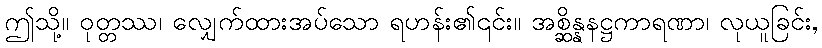
ဤသို့။ ဝုတ္တဿ၊ လျှေက်ထားအပ်သော ရဟန်း၏၎င်း။ အစ္ဆိန္နနဋ္ဌကာရဏာ၊ လုယူခြင်း,